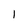
Character: 1